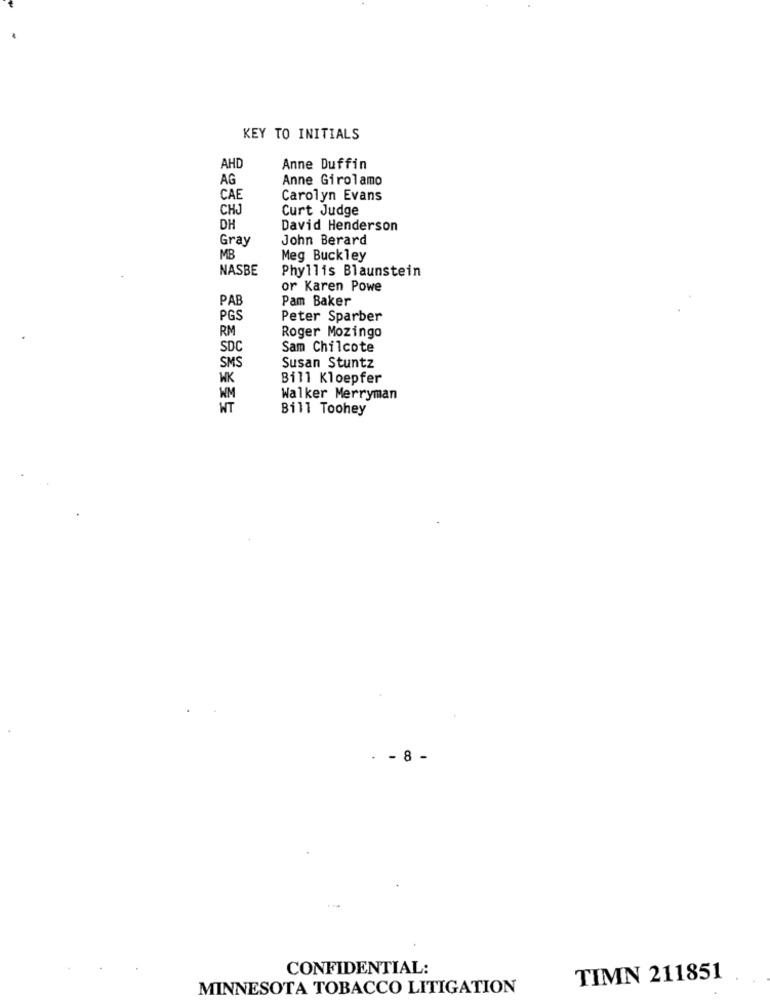
KEY TO INITIALS
AHD
Anne Duffin
AG
Anne Girolamo
CAE
Carolyn Evans
CHJ
Curt Judge
DH
David Henderson
Gray
John Berard
MB
Meg Buckley
NASBE
Phyllis Blaunstein
or Karen Powe
PAB
Pam Baker
PGS
Peter Sparber
RM
Roger Mozingo
SDC
Sam Chilcote
SMS
Susan Stuntz
WK
Bill Kloepfer
WM
Walker Merryman
WT
Bill Toohey
. - 8 -
CONFIDENTIAL:
TIMN 211851
MINNESOTA TOBACCO LITIGATION